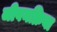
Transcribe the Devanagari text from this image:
जीवनक्रिया